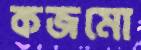
কজমো